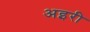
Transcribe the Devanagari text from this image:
अइरी